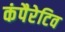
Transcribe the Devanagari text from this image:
कंपैरेटिव